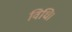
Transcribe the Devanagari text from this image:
विधि।